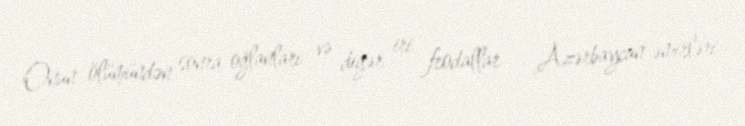
Onun ölümündən sonra oğlanları və digər iri feodallar – Azərbaycan əmirləri